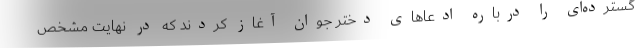
گسترده‌ای را درباره ادعا‌های دختر جوان آغاز کردند که در نهایت مشخص